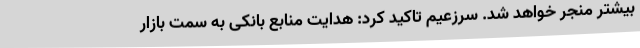
بیشتر منجر خواهد شد. سرزعیم تاکید کرد: هدایت منابع بانکی به سمت بازار